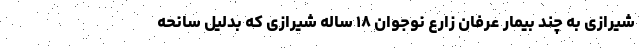
شیرازی به چند بیمار عرفان زارع نوجوان ۱۸ ساله شیرازی که بدلیل سانحه